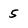
Character: 5